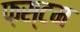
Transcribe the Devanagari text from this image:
फ़स्टम